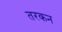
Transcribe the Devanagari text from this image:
तरकन